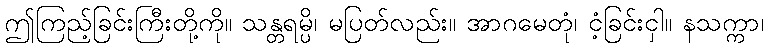
ဤကြည့်ခြင်းကြီးတို့ကို။ သန္တရမ္ပိ၊ မပြတ်လည်း။ အာဂမေတုံ၊ ငံ့ခြင်းငှါ။ နသက္ကာ၊